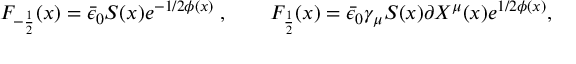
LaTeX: F _ { - { \frac { 1 } { 2 } } } ( x ) = \bar { \epsilon } _ { 0 } S ( x ) e ^ { - 1 / 2 \phi ( x ) } \; , \qquad F _ { \frac { 1 } { 2 } } ( x ) = \bar { \epsilon } _ { 0 } \gamma _ { \mu } S ( x ) \partial X ^ { \mu } ( x ) e ^ { 1 / 2 \phi ( x ) } ,